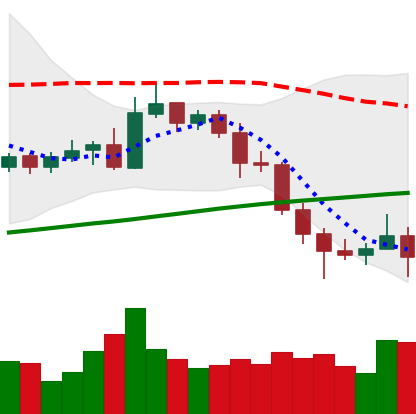
Ticker: NEO-USD
Chart end date: 2020-11-03
Forward return: 5.216%
Label: up_5_7